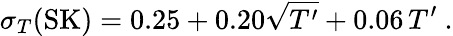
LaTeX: \sigma_{T}(\mathrm{SK})=0.25+0.20\sqrt{T^{\prime}}+0.06\, T^{\prime}\ .